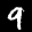
Label: 9